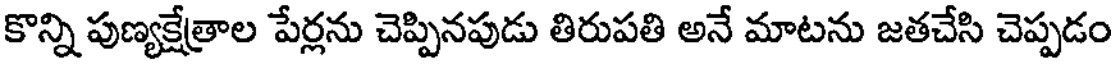
కొన్ని పుణ్యక్షేత్రాల పేర్లను చెప్పినపుడు తిరుపతి అనే మాటను జతచేసి చెప్పడం